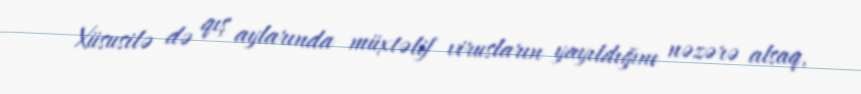
Xüsusilə də qış aylarında müxtəlif virusların yayıldığını nəzərə alsaq,